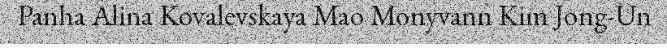
Panha Alina Kovalevskaya Mao Monyvann Kim Jong-Un